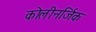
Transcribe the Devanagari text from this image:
कोलीनर्जिक